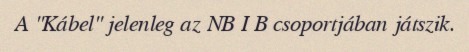
A "Kábel" jelenleg az NB I B csoportjában játszik.